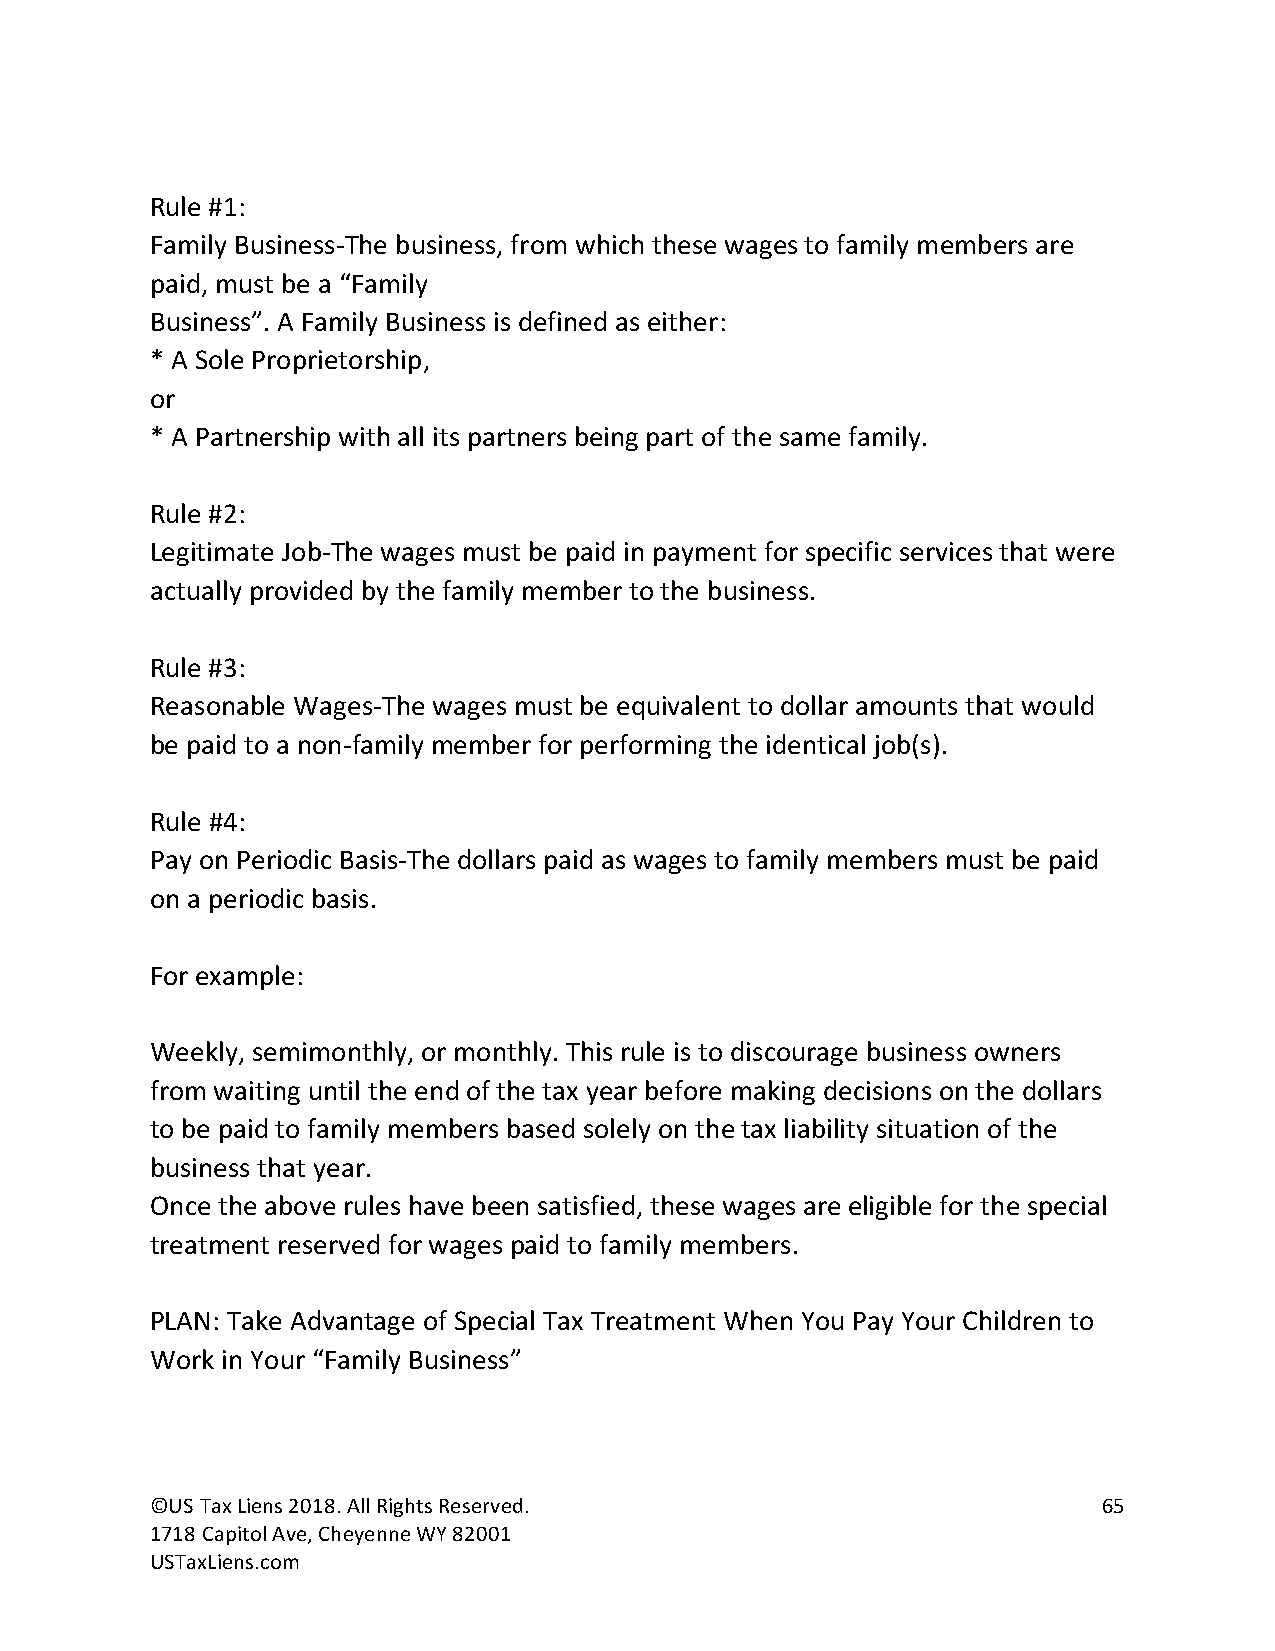
Rule #1:
 Family Business-The business, from which these wages to family members are
 paid, must be a “Family
 Business”. A Family Business is defined as either:
 * A Sole Proprietorship,
 or
 * A Partnership with all its partners being part of the same family.
 Rule #2:
 Legitimate Job-The wages must be paid in payment for specific services that were
 actually provided by the family member to the business.
 Rule #3:
 Reasonable Wages-The wages must be equivalent to dollar amounts that would
 be paid to a non-family member for performing the identical job(s).
 Rule #4:
 Pay on Periodic Basis-The dollars paid as wages to family members must be paid
 on a periodic basis.
 For example:
 Weekly, semimonthly, or monthly. This rule is to discourage business owners
 from waiting until the end of the tax year before making decisions on the dollars
 to be paid to family members based solely on the tax liability situation of the
 business that year.
 Once the above rules have been satisfied, these wages are eligible for the special
 treatment reserved for wages paid to family members.
 PLAN: Take Advantage of Special Tax Treatment When You Pay Your Children to
 Work in Your “Family Business”
 ©US Tax Liens 2018. All Rights Reserved.                       65
 1718 Capitol Ave, Cheyenne WY 82001
 USTaxLiens.com